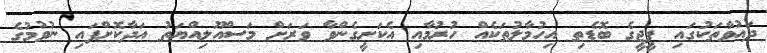
ދައުވާތަކުގައި ޕީޖީގެ ބޮޑެތި އިހުމާލުތަކެއް ހުރުމާއި އެކަށީގެންވާ ވަރަށް މަސްއޫލިއްޔަތު އަދާކޮށްފައި ނުވުމުގެ